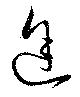
途